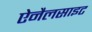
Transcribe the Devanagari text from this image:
ऐनैलसाइट